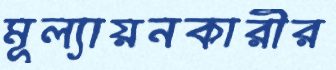
মূল্যায়নকারীর